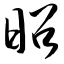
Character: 昭